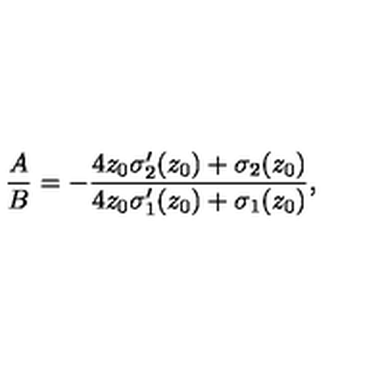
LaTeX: \frac { A } { B } = - \frac { 4 z _ { 0 } { \sigma } _ { 2 } ^ { \prime } ( z _ { 0 } ) + { \sigma } _ { 2 } ( z _ { 0 } ) } { 4 z _ { 0 } { \sigma } _ { 1 } ^ { \prime } ( z _ { 0 } ) + { \sigma } _ { 1 } ( z _ { 0 } ) } ,